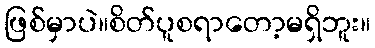
ဖြစ်မှာပဲ။စိတ်ပူစရာတော့မရှိဘူး။